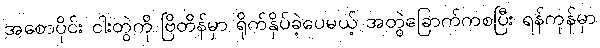
အစောပိုင်း ငါးတွဲကို ဗြိတိန်မှာ ရိုက်နှိပ်ခဲ့ပေမယ့် အတွဲခြောက်ကစပြီး ရန်ကုန်မှာ